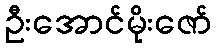
ဦးအောင်မိုးဇော်